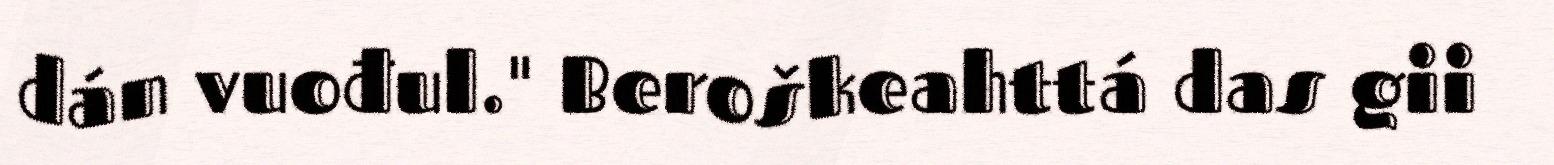
dán vuođul." Beroškeahttá das gii